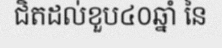
ជិតដល់ខួប៤០ឆ្នាំ នៃ